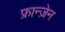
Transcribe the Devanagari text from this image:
फ्रान्ज़ेन